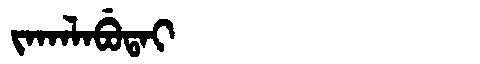
Manchu: ᠵᠠᡴᠠᠯᠠᠪᡠᡨᠠᡳ
Romanization: JAKALABUTAI